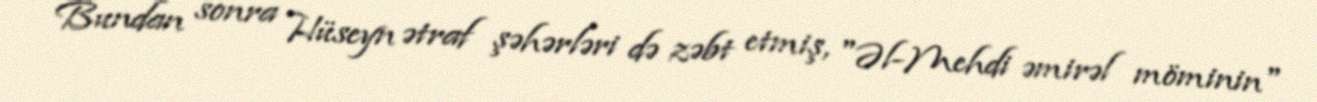
Bundan sonra Hüseyn ətraf şəhərləri də zəbt etmiş, "Əl-Mehdi əmirəl möminin"